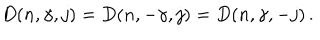
LaTeX: D ( n , \gamma , j ) = D ( n , - \gamma , j ) = D ( n , \gamma , - j ) \, .